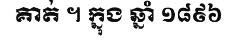
គាត់ ។ ក្នុង ឆ្នាំ ១៨៩៦